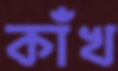
কাঁখ